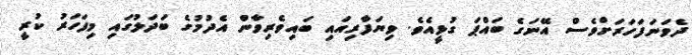
ދެވަނަފަހަރަށްވެސް އޭނަގެ ބައްޕަ ގުޅީއެވެ. ވިޔަފާރިއައި ބައިވެރިވާން އެދުމުގެ ބަދަލުގައި މިފަހަރު ކުރީ